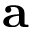
\mathbf { a }